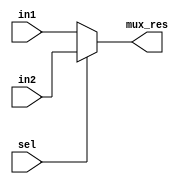
module Mux1(input sel, input [31:0] in1, input [31:0] in2, output [31:0] mux_res);
    
    
    assign mux_res = sel ? in2 : in1;

endmodule